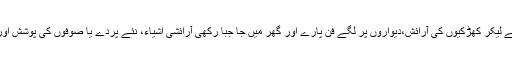
ان میں آپکے گھر کے داخلی دروازے پر آویزاں سجاوٹ سے لیکر کھڑکیوں کی آرائش،دیواروں پر لگے فن پارے اور گھر میں جا جبا رکھی آرائشی اشیاء، نئے پردے یا صوفوں کی پوشش اور ہر خوابگاہ میں خوبصورت پلنگ پوش تک سب شامل ہیں۔